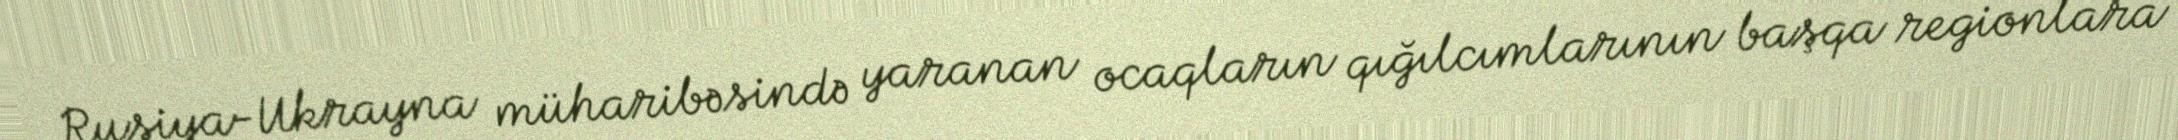
Rusiya-Ukrayna müharibəsində yaranan ocaqların qığılcımlarının başqa regionlara